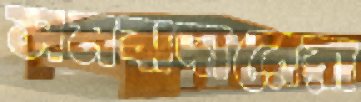
সমঝদারেরা